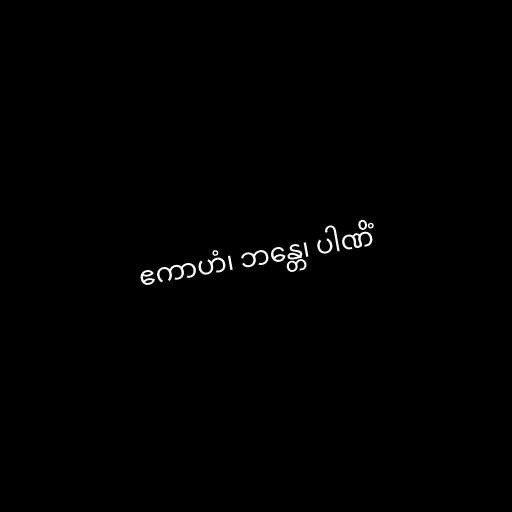
ဧကာဟံ၊ ဘန္တေ၊ ပါဏိံ